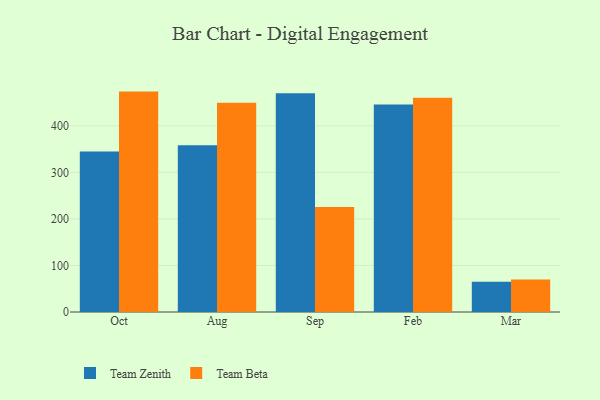
{"axis": {"x": "Month", "y": "Page Views"}, "legend": ["Team Beta", "Team Zenith"], "data": [{"x": "Oct", "y": 344.9, "type": "Team Zenith"}, {"x": "Oct", "y": 473.5, "type": "Team Beta"}, {"x": "Aug", "y": 358.3, "type": "Team Zenith"}, {"x": "Aug", "y": 449.4, "type": "Team Beta"}, {"x": "Sep", "y": 470.2, "type": "Team Zenith"}, {"x": "Sep", "y": 225.4, "type": "Team Beta"}, {"x": "Feb", "y": 445.6, "type": "Team Zenith"}, {"x": "Feb", "y": 460.4, "type": "Team Beta"}, {"x": "Mar", "y": 64.9, "type": "Team Zenith"}, {"x": "Mar", "y": 69.7, "type": "Team Beta"}]}